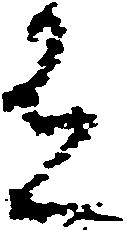
有